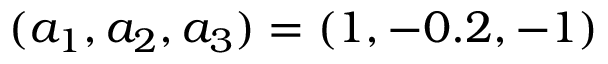
( a _ { 1 } , a _ { 2 } , a _ { 3 } ) = ( 1 , - 0 . 2 , - 1 )